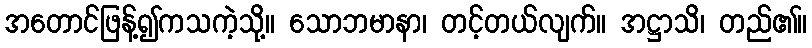
အတောင်ဖြန့်၍ကသကဲ့သို့။ သောဘမာနာ၊ တင့်တယ်လျက်။ အဋ္ဌာသိ၊ တည်၏။